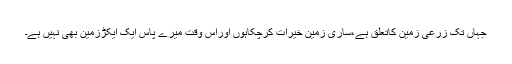
جہاں تک زرعی زمین کاتعلق ہے،ساری زمین خیرات کرچکاہوں اوراس وقت میرے پاس ایک ایکڑزمین بھی نہیں ہے۔